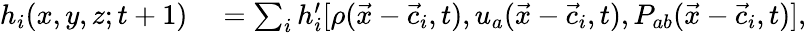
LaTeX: \begin{array}{rl}{h_{i}(x,y,z;t+1)}&{{}=\sum_{i}h_{i}^{\prime}[\rho(\vec{x}-\vec{c}_{i},t),u_{a}(\vec{x}-\vec{c}_{i},t),P_{ab}(\vec{x}-\vec{c}_{i},t)],}\end{array}